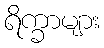
ရိက္ခာများ